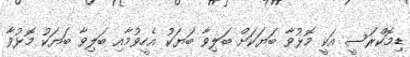
ޑިމޮކްރަސީ އަކީ މޮޅުވާ ބަޔަކަށް ބަލިވާ ބަޔަކު އެހީވުމާއި ބަލިވާ ބަޔަކު މޮޅުވާ